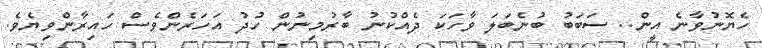
ހެޔޮނުވާނެ އީން.. ސަބަބު ބުނެބަލަ ވާހަކަ ދެއްކުނު ބާރުމިނުން ހުދު އަހަރެންވެސް ހައިރާންވިޔެވެ.